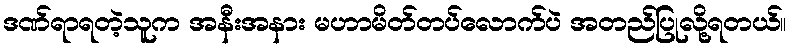
ဒဏ်ရာရတဲ့သူက အနီးအနား မဟာမိတ်တပ်လောက်ပဲ အတည်ပြုလို့ရတယ်။